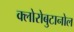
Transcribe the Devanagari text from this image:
क्लोरोबुटानोल